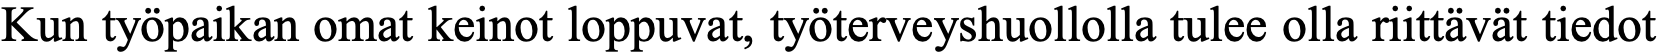
Kun työpaikan omat keinot loppuvat, työterveyshuollolla tulee olla riittävät tiedot